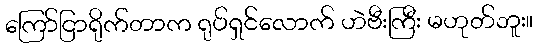
ကြော်ငြာရိုက်တာက ရုပ်ရှင်လောက် ဟဲဗီးကြီး မဟုတ်ဘူး။